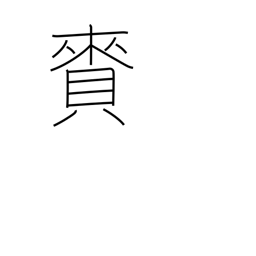
Meaning: gift